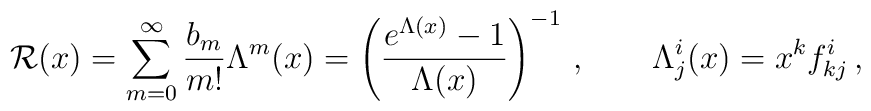
{\cal R}(x)= \sum_{m=0}^{\infty}\frac{b_m}{m!}\Lambda ^m(x)=\left(\frac{e^{\Lambda (x)}- 1}{\Lambda(x)}\right)^{-1}\,,\qquad \Lambda^i_j(x)=x^kf_{kj}^i\,,